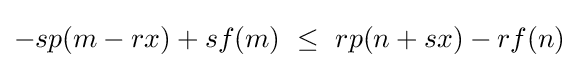
-sp(m-rx)+sf(m)~\leq ~rp(n+sx)-rf(n)